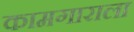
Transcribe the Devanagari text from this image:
कामगाराला